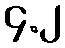
၄.၂